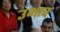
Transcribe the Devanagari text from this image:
उभाच